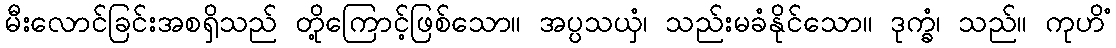
မီးလောင်ခြင်းအစရှိသည် တို့ကြောင့်ဖြစ်သော။ အပ္ပသယှံ၊ သည်းမခံနိုင်သော။ ဒုက္ခံ၊ သည်။ ကုဟိံ